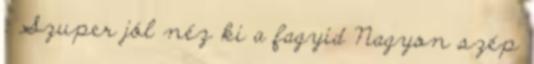
: Szuper jól néz ki a fagyid Nagyon szép